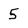
Character: 5